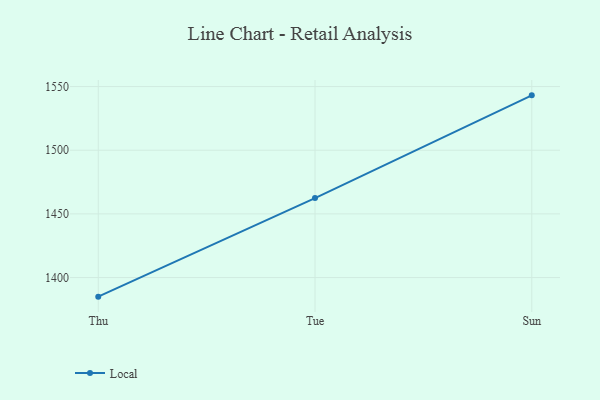
{"axis": {"x": "Day", "y": "Tickets Resolved"}, "legend": ["Local"], "data": [{"x": "Thu", "y": 1385.0, "type": "Local"}, {"x": "Tue", "y": 1462.4, "type": "Local"}, {"x": "Sun", "y": 1543.1, "type": "Local"}]}